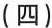
(四)